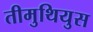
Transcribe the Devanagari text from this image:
तीमुथियुस